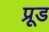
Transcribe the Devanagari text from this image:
प्रूड